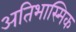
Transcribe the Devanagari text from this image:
अतिभास्मिक